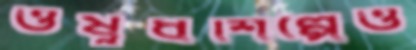
ওষুধশিল্পেও